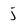
Character: j